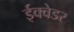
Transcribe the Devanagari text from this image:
ईक्वेडर